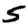
Digit: 5